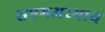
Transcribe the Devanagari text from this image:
सप्तमअध्याय